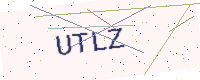
Text: UTLZ